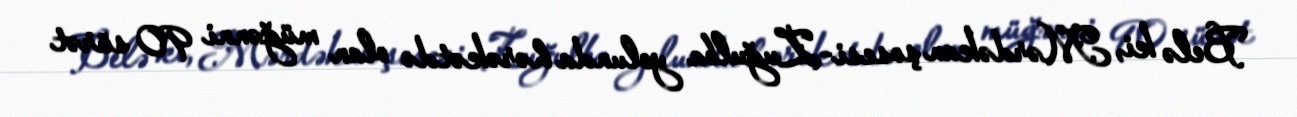
Belə ki, Mərdəkan şosesi-Zuğulba yolunda hərəkətdə olan müğənni 90 sürət